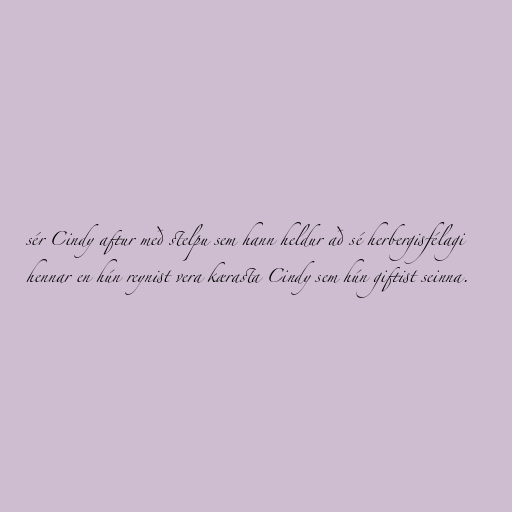
sér Cindy aftur með stelpu sem hann heldur að sé herbergisfélagi
hennar en hún reynist vera kærasta Cindy sem hún giftist seinna.